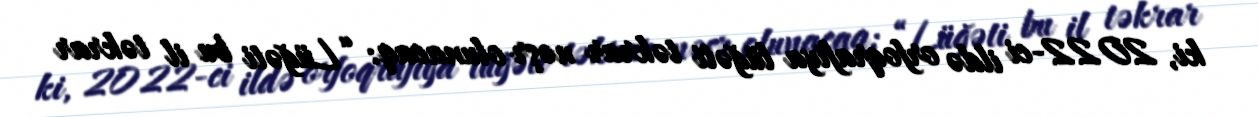
ki, 2022-ci ildə orfoqrafiya lüğəti təkrar nəşr olunacaq: “Lüğəti bu il təkrar